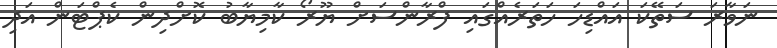
ނަވާރަ ސަތޭކަ އައްޑިހަ ހަތަރެއްގައި ފްރާންސަށް ޔޫރޯ ކާމިޔާބު ކޮށްދިން ކެޕްޓަން އަދި